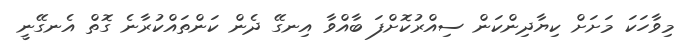
މިވާހަކަ މަށަށް ކިޔާދިންކަން ސިއްރުކޮށްފަ ބާއްވާ އިނގޭ ދެން ކަންތައްކުރާނެ ގޮތް އެނގޭނީ